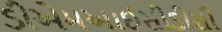
ડીએમઆઈસીડીસી